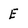
Character: E